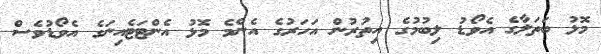
މޮޅު ބަތަލާގެ އެވޯޑު ލިބުމުގެ އިތުރުން އަހަރުގެ އެންމެ މޮޅު އެންޓަޓެއިނަގެ އެވޯޑުވެސް